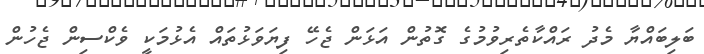
ބަލިބައްޔާ މެދު ރައްކާތެރިވުމުގެ ގޮތުން އަޅަން ޖެހޭ ފިޔަވަޅުތައް އެޅުމަކީ ވެކްސިން ޖެހުން